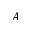
A